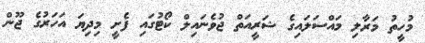
މުހީތު މަރާލި މައްސަލައިގެ ޝަރީއަތް ޖުވެނައިލް ކޯޓުގައި ފެށީ މިދިޔަ އަހަރުގެ ޖޫން